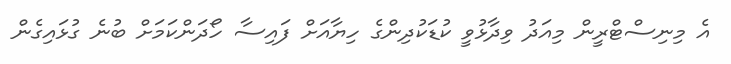
އެ މިނިސްޓްރީން މިއަދު ވިދާޅުވީ ކުޑަކުދިންގެ ހިޔާއަށް ފައިސާ ހޯދަންކަމަށް ބުނެ ގުޅައިގެން